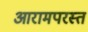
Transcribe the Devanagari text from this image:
आरामपरस्त